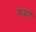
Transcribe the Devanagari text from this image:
फळणे